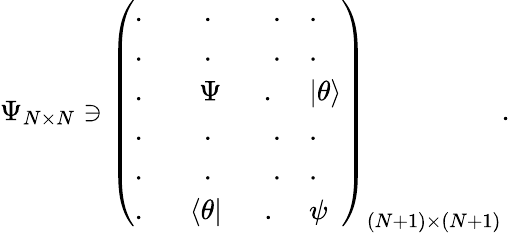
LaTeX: \Psi_{N\times N}\ni\left(\begin{array}{ll}{{.\qquad.\qquad.}}&{{.}}\\ {{.\qquad.\qquad.}}&{{.}}\\ {{.\quad\, \, \, \, \, \Psi\quad\, \, \, .}}&{{|\theta\rangle}}\\ {{.\qquad.\qquad.}}&{{.}}\\ {{.\qquad.\qquad.}}&{{.}}\\ {{.\quad\, \, \, \langle\theta|\, \, \, \quad.}}&{{\psi}}\end{array}\right)_{(N+1)\times(N+1)}.